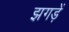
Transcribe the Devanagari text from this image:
झगड़ें